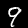
Label: 9